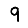
Digit: 9